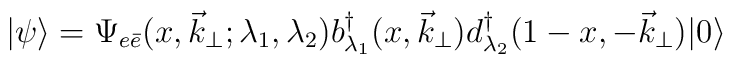
|\psi\rangle=\Psi_{e\bar{e}}(x,\vec{k}_{\perp};\lambda_1,\lambda_2) b^{\dagger}_{\lambda_1}(x,\vec{k}_{\perp})d^{\dagger}_{\lambda_2}(1-x,-\vec{k}_{\perp})| 0 \rangle